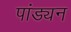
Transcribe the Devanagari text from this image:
पांड्यन